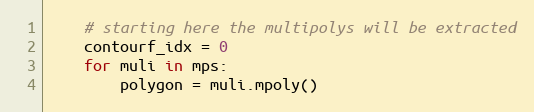
Language: Python
    # starting here the multipolys will be extracted
    contourf_idx = 0
    for muli in mps:
        polygon = muli.mpoly()